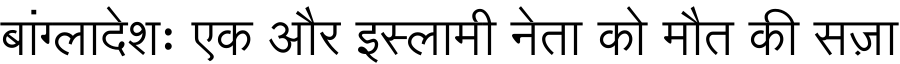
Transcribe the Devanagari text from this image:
बांग्लादेशः एक और इस्लामी नेता को मौत की सज़ा